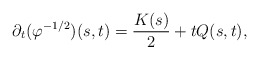
\begin{align*}\partial_{t}(\varphi^{-1/2})(s,t)=\frac{K(s)}{2}+tQ(s,t),\end{align*}